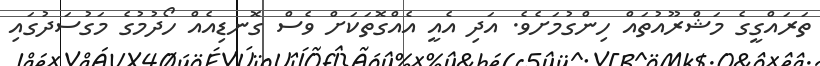
ތަރައްގީގެ މަޝްރޫއުތައް ހިންގުމަށެވެ. އަދި އެއީ އެއްގޮތަކަށް ވެސް ގޮނޑިއެއް ހޯދުމުގެ މަގުސަދުގައި